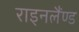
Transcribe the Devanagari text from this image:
राइनलैंण्ड